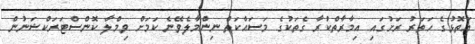
އަތޮޅުގެ ހަތަރު ރަށުގައި އިމާރާތްކުރާ ގެތަކުގެ މަސައްކަތް ނިންމާލެވޭނެ ކަމަށް ވިމްލާ ކޮންސްޓަރަކްޝަނުން